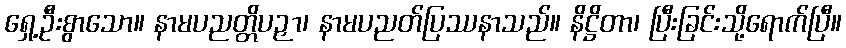
ရှေ့ဦးစွာသော။ နာမပညတ္တိပဉှာ၊ နာမပညတ်ပြဿနာသည်။ နိဋ္ဌိတာ၊ ပြီးခြင်းသို့ရောက်ပြီ။